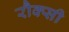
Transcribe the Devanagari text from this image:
रौक्सी